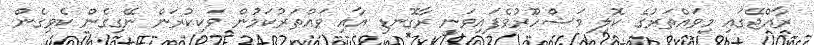
ރާއްޖޭގައި މިވައްތަރުގެ ކޮލި މަޝްހޫރުވެފައިވަނީ ރާގޮނޑި އާއި ވައްތަރުކަމުން ވަކިކުރަން ނޭގިގެން ކެވިގެން